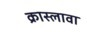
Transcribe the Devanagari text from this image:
क्रास्लावा